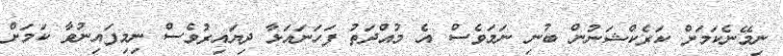
ނިމޭނެކަމަށް ކަރެކްޝަނުން ބުނި ނަމަވެސް އެ މުއްދަތު ފަހަނައަޅާ ދިޔައިރުވެސް ނިމިފައިނުވާ ކަމަށް